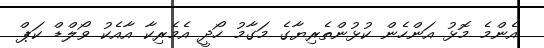
އެންމެ މޮޅު އަންހެން ކުޅުންތެރިޔާގެ މަގާމު ހޯދީ އެމެރިކާ އާއެކު ވޯލްޑް ކަޕް